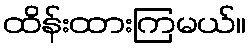
ထိန်းထားကြမယ်။